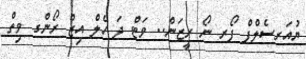
ޔުއަރސެލްފް ފޯރ ނޯ ރީޒަން.. ވަޓް ދަ ހެލް އިޒް ރޯންގ ވިތް